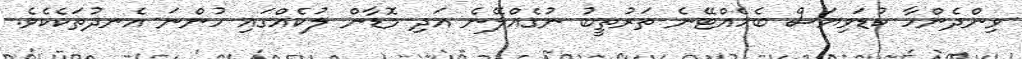
ވިންދެންހާ ކުޑަވިޔަސް ބެހެއްޓޭނެ ތަރުތީބު ނުގެއްލޭނެ އަދި މޮޑާން ލުކެއްގައި ހުންނަ އެނދުތަކެކެވެ.